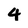
Character: 4